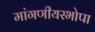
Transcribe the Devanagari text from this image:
मांगणीयरभोपा